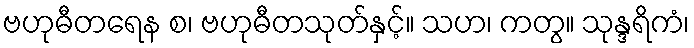
ဗဟုဓီတရေန စ၊ ဗဟုဓီတသုတ်နှင့်။ သဟ၊ ကတွ။ သုန္ဒရိကံ၊